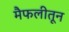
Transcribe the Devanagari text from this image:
मैफलीतून